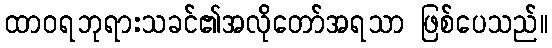
ထာဝရဘုရားသခင်၏အလိုတော်အရသာ ဖြစ်ပေသည်။